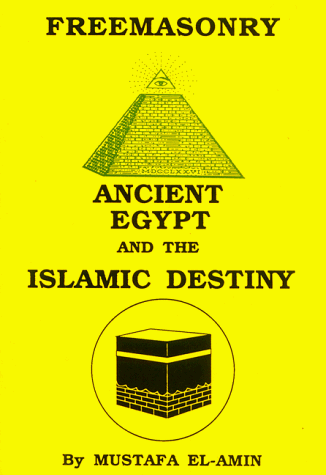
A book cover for Freemasonry: Ancient Egypt and the Islamic Destiny; Mustafa El-Amin; Religion & Spirituality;